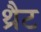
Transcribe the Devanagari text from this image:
थ्रैट